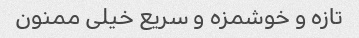
تازه و خوشمزه و سریع خیلی ممنون